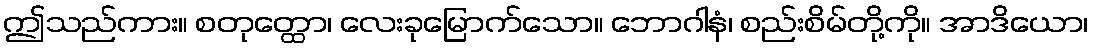
ဤသည်ကား။ စတုတ္ထော၊ လေးခုမြောက်သော။ ဘောဂါနံ၊ စည်းစိမ်တို့ကို။ အာဒိယော၊